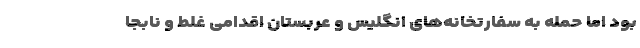
بود اما حمله به سفارتخانه‌های انگلیس و عربستان اقدامی غلط و نابجا